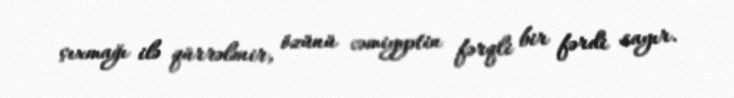
çıxmağı ilə qürrələnir, özünü cəmiyyətin fərqli bir fərdi sayır.